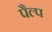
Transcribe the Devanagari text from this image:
पैल्प